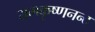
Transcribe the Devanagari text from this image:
रामकृष्णनन्द